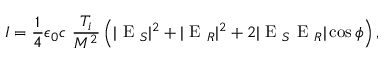
I = \frac { 1 } { 4 } \epsilon _ { 0 } c \ \frac { T _ { i } } { M ^ { 2 } } \left( | \mathrm { ~ E ~ } _ { S } | ^ { 2 } + | \mathrm { ~ E ~ } _ { R } | ^ { 2 } + 2 | \mathrm { ~ E ~ } _ { S } \mathrm { ~ E ~ } _ { R } | \cos \phi \right) ,